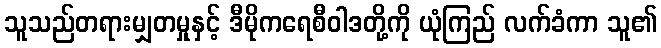
သူသည်တရားမျှတမှုနှင့် ဒီမိုကရေစီဝါဒတို့ကို ယုံကြည် လက်ခံကာ သူ၏